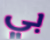
بي